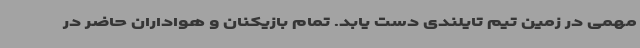
مهمی در زمین تیم تایلندی دست یابد. تمام بازیکنان و هواداران حاضر در